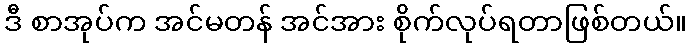
ဒီ စာအုပ်က အင်မတန် အင်အား စိုက်လုပ်ရတာဖြစ်တယ်။